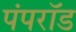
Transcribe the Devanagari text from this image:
पंपरॉड